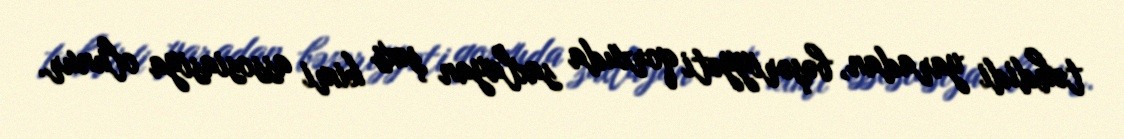
təhdidi yaradan, bəşəriyyəti qorxuda saxlayan şəxs kimi assosiasiya olunur.